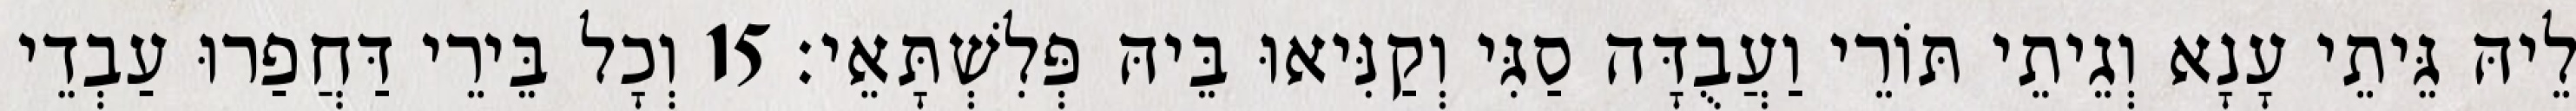
לֵיהּ גֵּיתֵי עָנָא וְגֵיתֵי תּוֹרֵי וַעֲבֻדָּה סַגִּי וְקַנִּיאוּ בֵּיהּ פְּלִשְׁתָּאֵי׃ 15 וְכָל בֵּירֵי דַּחֲפַרוּ עַבְדֵי